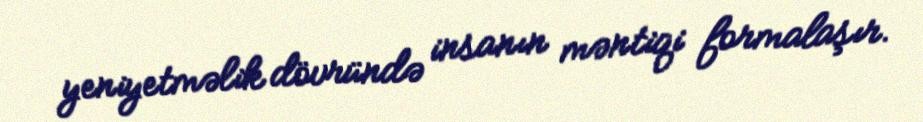
yeniyetməlik dövründə insanın məntiqi formalaşır.